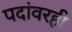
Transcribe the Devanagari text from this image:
पदांवरही